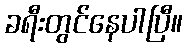
ခရီးတွင်နေပါပြီ။